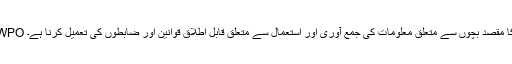
WPO کا مقصد بچوں سے متعلق معلومات کی جمع آوری اور استعمال سے متعلق قابل اطلاق قوانین اور ضابطوں کی تعمیل کرنا ہے۔